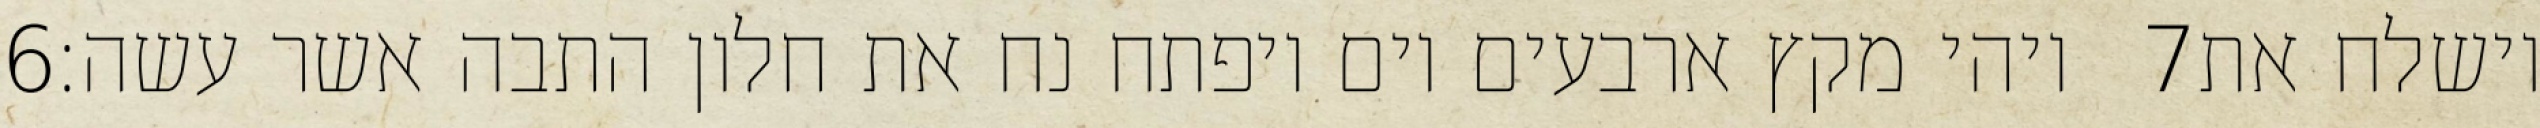
‎6‏ ויהי מקץ ארבעים יום ויפתח נח את חלון התבה אשר עשה׃ ‎7‏ וישלח את